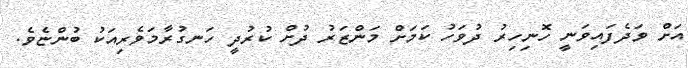
އަށް ވަދެފައިވަނީ ހޮނިހިރު ދުވަހު ކަމަށް މަންޒަރު ދުށް ކުރުދީ ހަނގުރާމަވެރިއަކު ބުންޏެވެ.